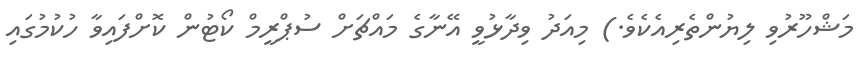
މަޝްހޫރުވި ލިޔުންތެރިއެކެވެ.) މިއަދު ވިދާޅުވީ އޭނާގެ މައްޗަށް ސުޕްރީމް ކޯޓުން ކޮށްފައިވާ ހުކުމުގައި